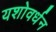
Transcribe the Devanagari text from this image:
यशोवर्धन